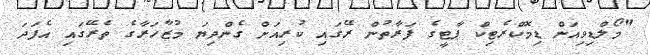
"މޯލްޑިވިއަން ޑިމޮކްރެޓިކް ޕާޓީގެ ފަރާތުން ރޭގައި ކުރިއަށް ގެންދިޔަ މުޒާހަރާގެ ތެރޭގައި އެފަދަ